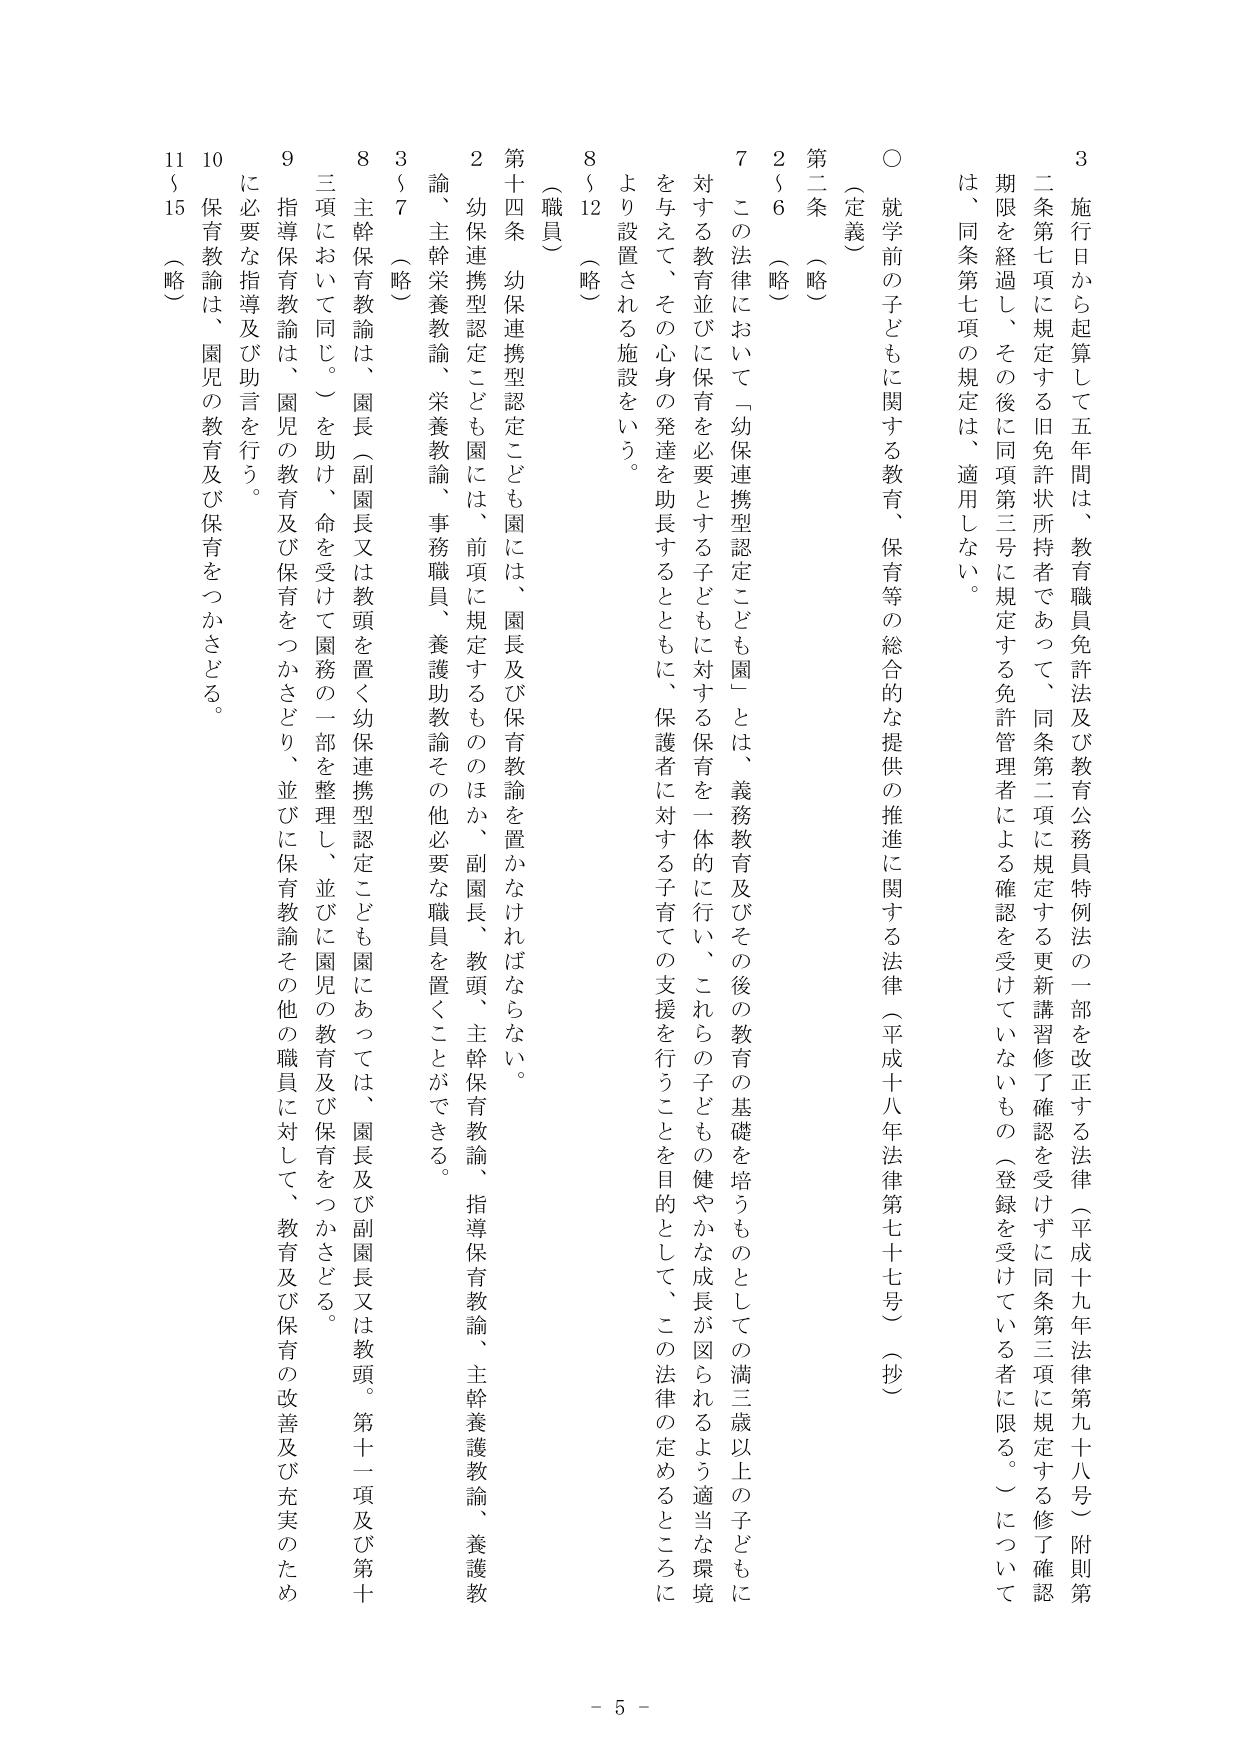
3 施行日から起算して五年間は、教育職員免許法及び教育公務員特例法の一部を改正する法律（平成十九年法律第九十八号）附則第二条第七項に規定する旧免許状所持者であって、同条第二項に規定する更新講習修了確認を受けずに同条第三項に規定する修了確認期限を経過し、その後に同項第三号に規定する免許管理者による確認を受けていないもの（登録を受けている者に限る。）については、同条第七項の規定は、適用しない。

○ 就学前の子どもに関する教育、保育等の総合的な提供の推進に関する法律（平成十八年法律第七十七号）（抄）

第二条 （略）

2～6 （略）

7 この法律において「幼保連携型認定こども園」とは、義務教育及びその後の教育の基礎を培うものとしての満三歳以上の子どもに対する教育並びに保育を必要とする子どもに対する保育を一体的に行い、これらの子どもの健やかな成長が図られるよう適当な環境を与えて、その心身の発達を助長するとともに、保護者に対する子育ての支援を行うことを目的として、この法律の定めるところにより設置される施設をいう。

8～12 （略）

（職員）

第十四条 幼保連携型認定こども園には、園長及び保育教諭を置かなければならない。

2 幼保連携型認定こども園には、前項に規定するもののほか、副園長、教頭、主幹保育教諭、指導保育教諭、主幹養護教諭、養護教諭、主幹栄養教諭、栄養教諭、事務職員、養護助教諭その他必要な職員を置くことができる。

3～7 （略）

8 主幹保育教諭は、園長（副園長又は教頭を置く幼保連携型認定こども園にあっては、園長及び副園長又は教頭。第十一項及び第十三項において同じ。）を助け、命を受けて園務の一部を整理し、並びに園児の教育及び保育をつかさどる。

9 指導保育教諭は、園児の教育及び保育をつかさどり、並びに保育教諭その他の職員に対して、教育及び保育の改善及び充実のため必要な指導及び助言を行う。

10 保育教諭は、園児の教育及び保育をつかさどる。

11～15 （略）

- 5 -